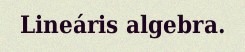
Lineáris algebra.